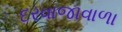
દરવાજાવાળા